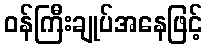
ဝန်ကြီးချုပ်အနေဖြင့်